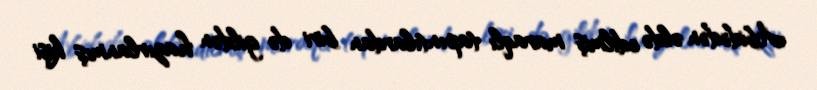
Abidədən əldə edilmiş maraqlı tapıntılardan biri də gildən hazırlanmış kişi